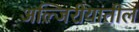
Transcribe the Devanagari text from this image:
अल्जिरीयातील